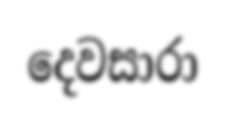
දෙවසාරා